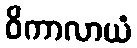
ဝိကာလာယံ